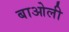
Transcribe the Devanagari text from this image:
बाओली